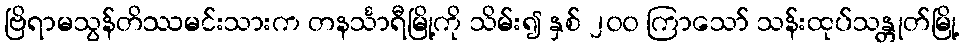
ဗြိရာမသွန်တိဿမင်းသားက တနင်္သာရီမြို့ကို သိမ်း၍ နှစ် ၂၀၀ ကြာသော် သန်းထုပ်သန္တုတ်မြို့